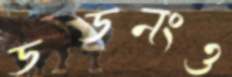
ডডনংও